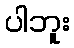
ပါဘူး